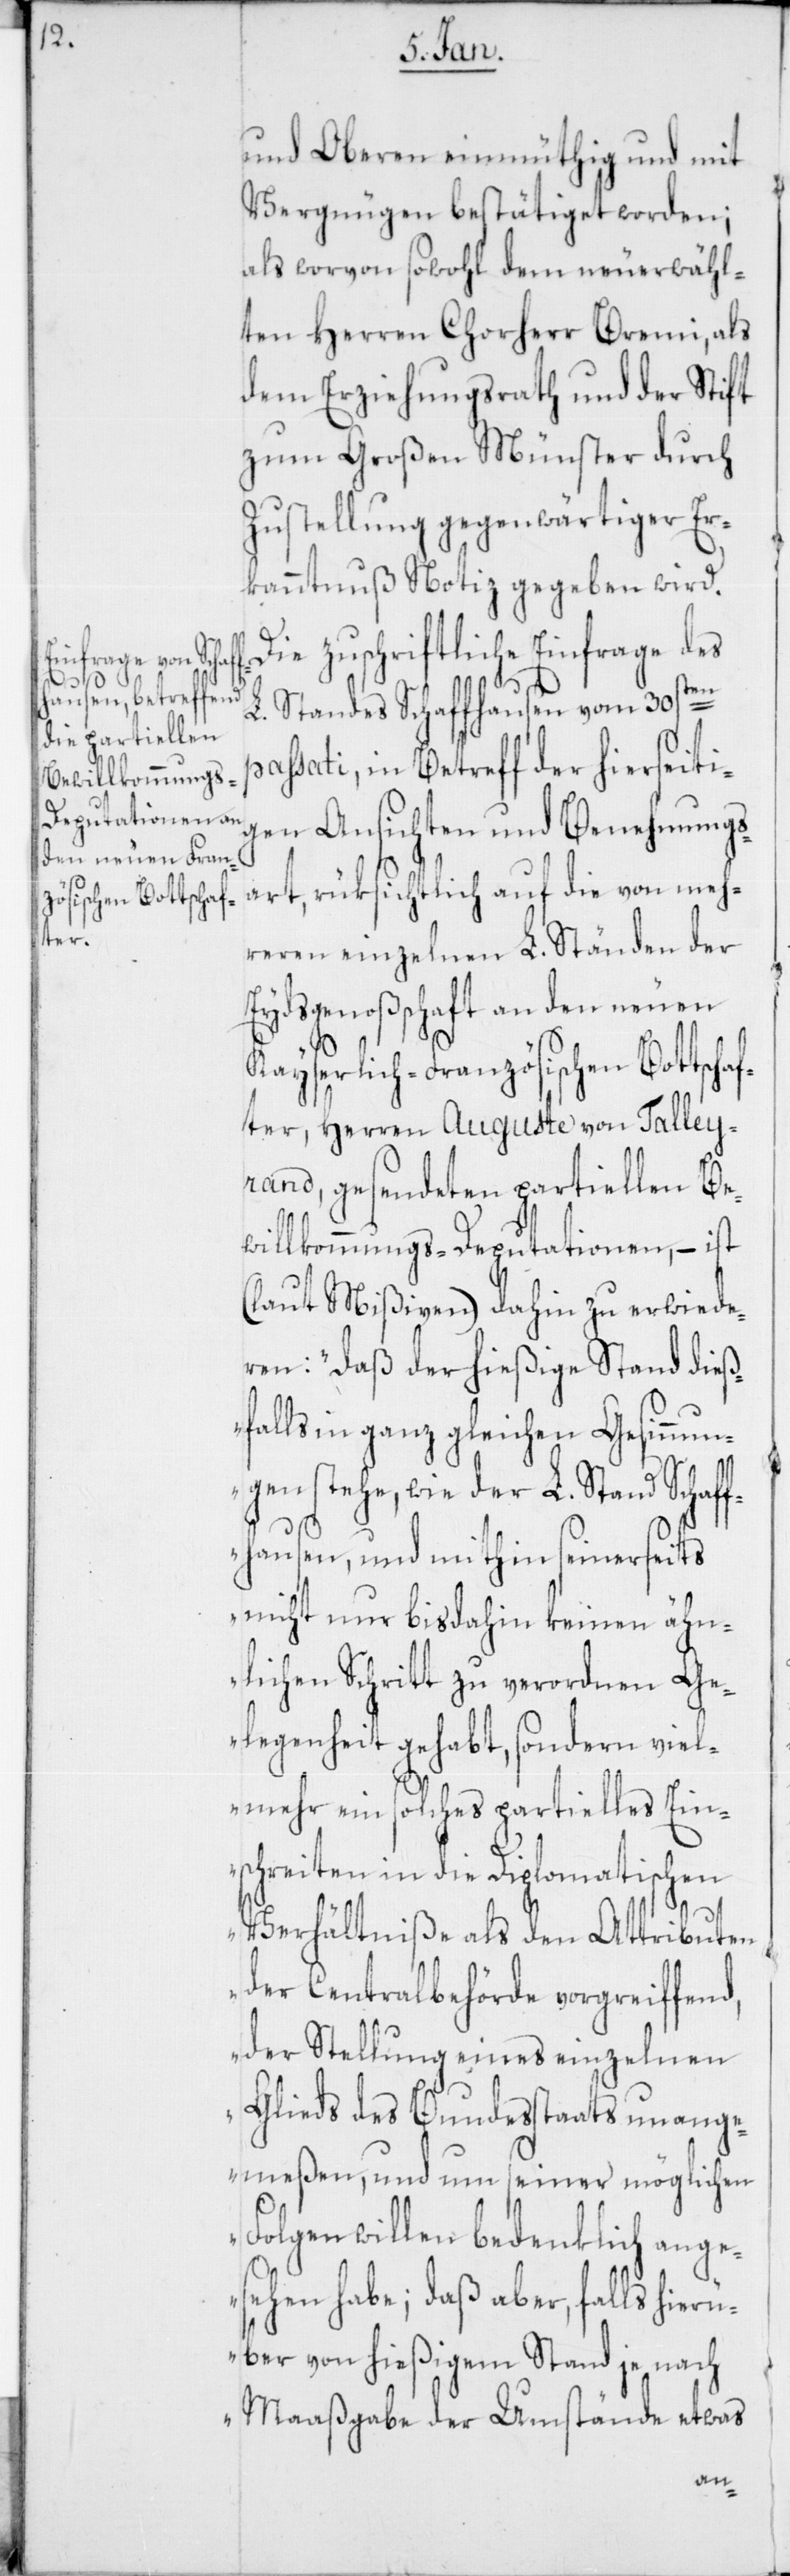
und Oberen einmüthig und mit
Vergnügen bestätiget worden;
als worvon sowohl dem neuerwähl¬
ten Herren Chorherr Bremi, als
dem Erziehungsrath und der Stift
zum Großen Münster durch
Zustellung gegenwärtiger Er¬
kanntnuß Notiz gegeben wird.
Die zuschriftliche Einfrage des
L. Standes Schaffhausen vom 30sten
passati, in Betreff der hierseiti¬
gen Ansichten und Benehmungs¬
art, rüksichtlich auf die von meh¬
reren einzelnen L. Ständen der
Eydsgenoßenschaft an den neuen
Kayserlich-Französischen Bottscha¬
fter, Herren Auguste von Talley¬
rand, gesendeten partiellen Be¬
willkommungs-Deputationen, – ist
(laut Mißiven) dahin zu erwiede¬
ren: „daß der hießige Stand dieß¬
falls in ganz gleichen Gesinnun¬
gen stehe, wie der L. Stand Schaff¬
hausen, und mithin seinerseits
nicht nur bis dahin keinen ähn¬
lichen Schritt zu verordnen Ge¬
legenheit gehabt, sondern viel¬
mehr ein solches partielles Ein¬
schreiten in die diplomatischen
Verhältniße als den Attributen
der Centralbehörde vorgreiffend,
der Stellung eines einzelnen
Glieds des Bundesstaats unange¬
meßen, und um seiner möglichen
Folgen willen bedenklich ange¬
sehen habe; daß aber, falls hierü¬
ber von hießigem Stand je nach
Maßgabe der Umstände etwas